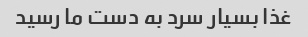
غذا بسیار سرد به دست ما رسید